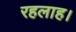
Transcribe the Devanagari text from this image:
रहलाह।